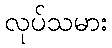
လုပ်သမား